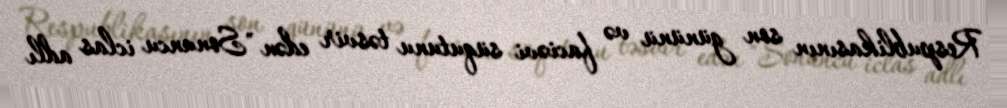
Respublikasının son gününü və faciəvi süqutunu təsvir edən "Sonuncu iclas adlı